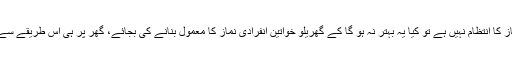
اگر مساجد میں خواتین کی نماز کا انتظام نہیں ہے تو کیا یہ بہتر نہ ہو گا کے گھریلو خواتین انفرادی نماز کا معمول بنانے کی بجائے، گھر پر ہی اس طریقے سے باجماعت نماز ادا کیا کریں؟